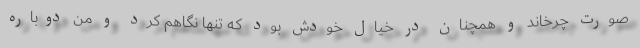
صورت چرخاند و همچنان در خیال خودش بود که تنها نگاهم کرد و من دوباره